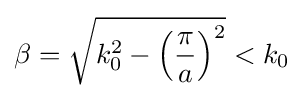
\beta ={\sqrt {k_{0}^{2}-\left({\frac {\pi }{a}}\right)^{2}}}<k_{0}